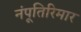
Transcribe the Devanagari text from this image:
नंपूतिरिमार